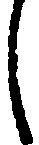
し